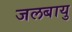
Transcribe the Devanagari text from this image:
जलबायु